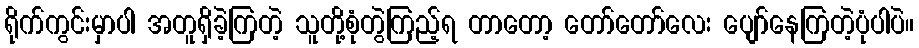
ရိုက်ကွင်းမှာပါ အတူရှိခဲ့ကြတဲ့ သူတို့စုံတွဲကြည့်ရ တာတော့ တော်တော်လေး ပျော်နေကြတဲ့ပုံပါပဲ။